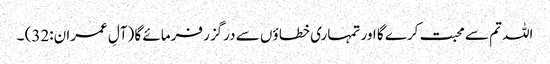
اللہ تم سے محبت کرے گا اور تمہاری خطا ؤں سے درگزر فرمائے گا (آلِ عمران:32) ۔